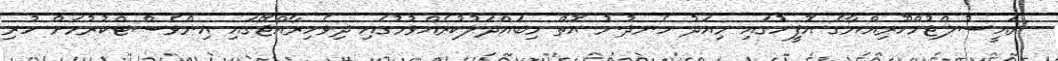
ރައީސުލްޖުމްހޫރިއްޔާގެ އޮފީހުގައި މިއަދު ހެނދުނު އޮތް މިބައްދަލުކުރެއްވުމުގައި ދިވެހިރާއްޖޭގައި އިންވެސްޓްކުރުމަށް ހުރި